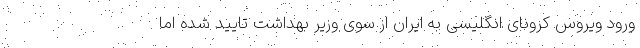
ورود ویروس کرونای انگلیسی به ایران از سوی وزیر بهداشت تایید شده اما